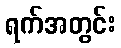
ရက်အတွင်း